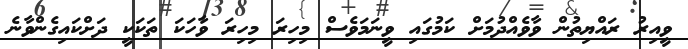
ވީއިރު ރައްޔިތުން ވާވެއްދުމަށް ކަމުގައި ވީނަމަވެސް މިހިރަ މިހިރަ ވާހަކަ ތަކަކީ ދަށްކައިގެންވާނެ